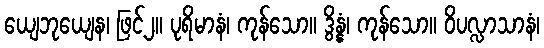
ယျေဘုယျေန၊ ဖြင့်၂။ ပုရိမာနံ၊ ကုန်သော။ ဒွိန္နံ၊ ကုန်သော။ ဝိပလ္လာသာနံ၊